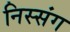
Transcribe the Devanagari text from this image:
निस्संग